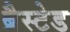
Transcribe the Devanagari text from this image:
ब्रैस्टेड